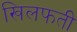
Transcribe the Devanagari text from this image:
खिलफती